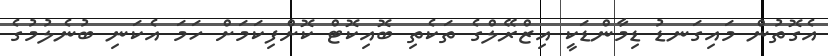
އެގޮތުން މައިގަނޑު ޑިމާންޑަކީ އިޒްރޭލްގެ ތަކެތި ބޮއިކޮޓް ކޮށްފިކަމަށް ހަމަ އެކަނި ބުނެލުމުގެ